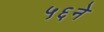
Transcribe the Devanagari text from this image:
५६ने